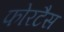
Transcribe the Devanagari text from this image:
फोरटैस